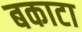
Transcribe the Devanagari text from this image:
बकाटा